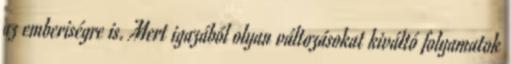
az emberiségre is. Mert igazából olyan változásokat kiváltó folyamatok